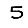
Digit: 5